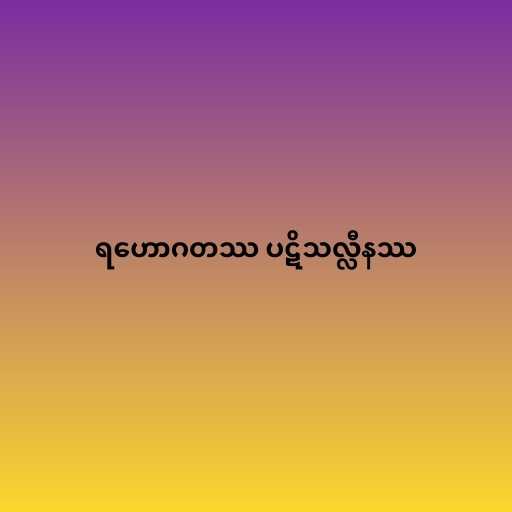
ရဟောဂတဿ ပဋိသလ္လီနဿ